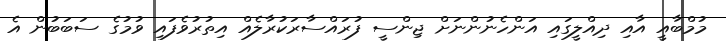
މުމްބާއީ އާއި ދިއްލީގައި އަންހެނުންނަށް ޖިންސީ ފުރައްސާރަކުރާލެއް އިތުރުވެފައި ވުމުގެ ސަބަބުން އެ